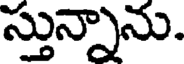
స్తున్నాను.